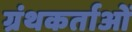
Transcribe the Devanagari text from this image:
ग्रंथकर्ताओं